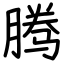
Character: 腾